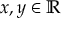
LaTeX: \textstyle x , y \in \mathbb { R }